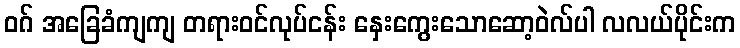
ဝဂ် အခြေခံကျကျ တရားဝင်လုပ်ငန်း နှေးကွေးသောဆော့ဝဲလ်ပါ လလယ်ပိုင်းက